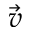
\vec { v }